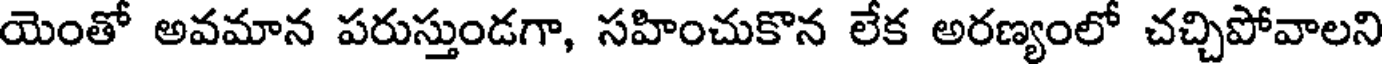
యెంతో అవమాన పరుస్తుండగా, సహించుకొన లేక అరణ్యంలో చచ్చిపోవాలని